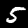
Digit: 5